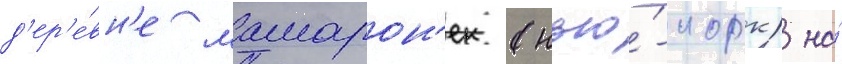
д'ер'е́вн'е мамарон'ек (нью́-иорк) на́